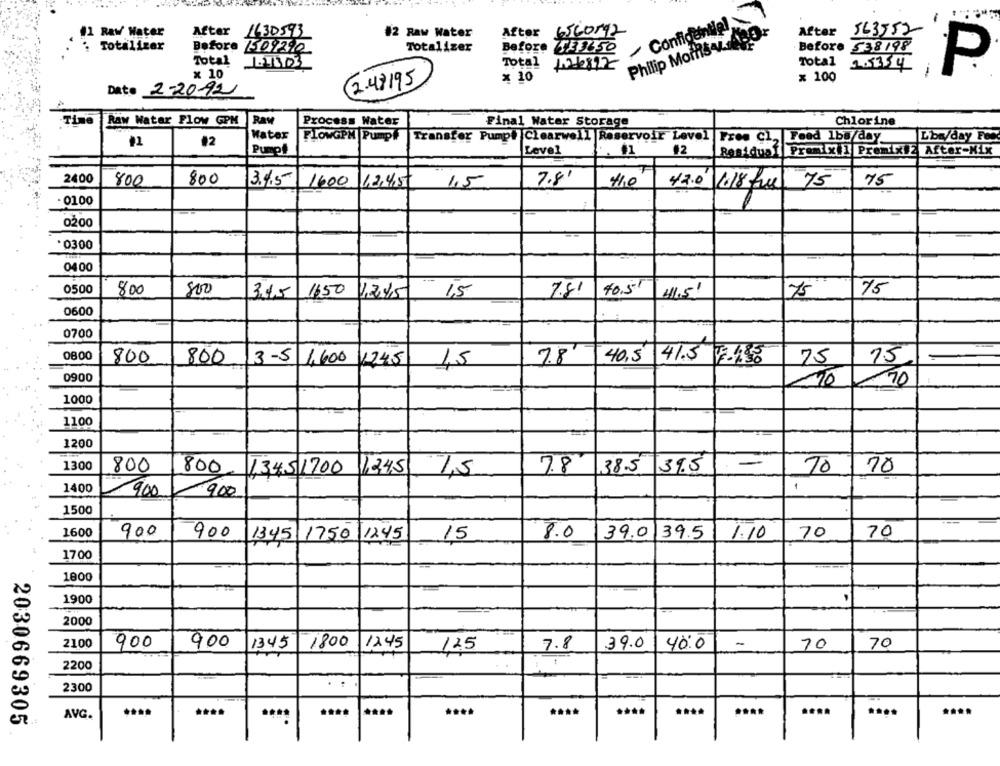
Confidentiel
After
6560092
563552
#1 RAW Water
1630593
#2 Raw Water
After
After
Before /509290
Philip MorfisandA:
Before 538198
. Totalizar
Totalizer
Before FEELTO
Total
Total
Total
2.5354
x 10
x 10
--
P
2.48 195
x 100
Date 2-20-72
Time
Raw Watar Flow GPM
Ray
Process Water
Final Water Storage
Chlorine
Water
FLOWGPM Pump#
Lbs/day Fec
#2
Transfer Pump# Clearwell Reservoir Level Free Cl, Feed 1bu/day_
Pumpt
Level
#1
Residuaf Premixil Premix#2 After-Mix
2400
800
800
3.4.5 1600
12,4,5
1.5
7.81
1.0
42.0
75
1018 full 75
· 0100
0200
.0300
0400
0500
800
800
1650
40.51
-
75
3,45
12.45
1,5
7.81
75
0600
0700
0800
800
800
3-5 1,600
11245
7.8
40,5
41.5 7.1.50
75
15
1,5
0900
-10
70
1000
1100
1200
1300
7.8
38.5
-
800
800
13451700
1345
1,5
39.5
To
70
1400
1
900
900
1500
1600
900
900
1750 1245
15
8.0
39.0 39.5
1.10
70
70
1345
1700
1800
1900
2000
2100
900
900
1345
1800
39.0
40:0
70
12:45
12.5
7.8
70
2200
2300
****
****
....
....
AVG.
2030669305